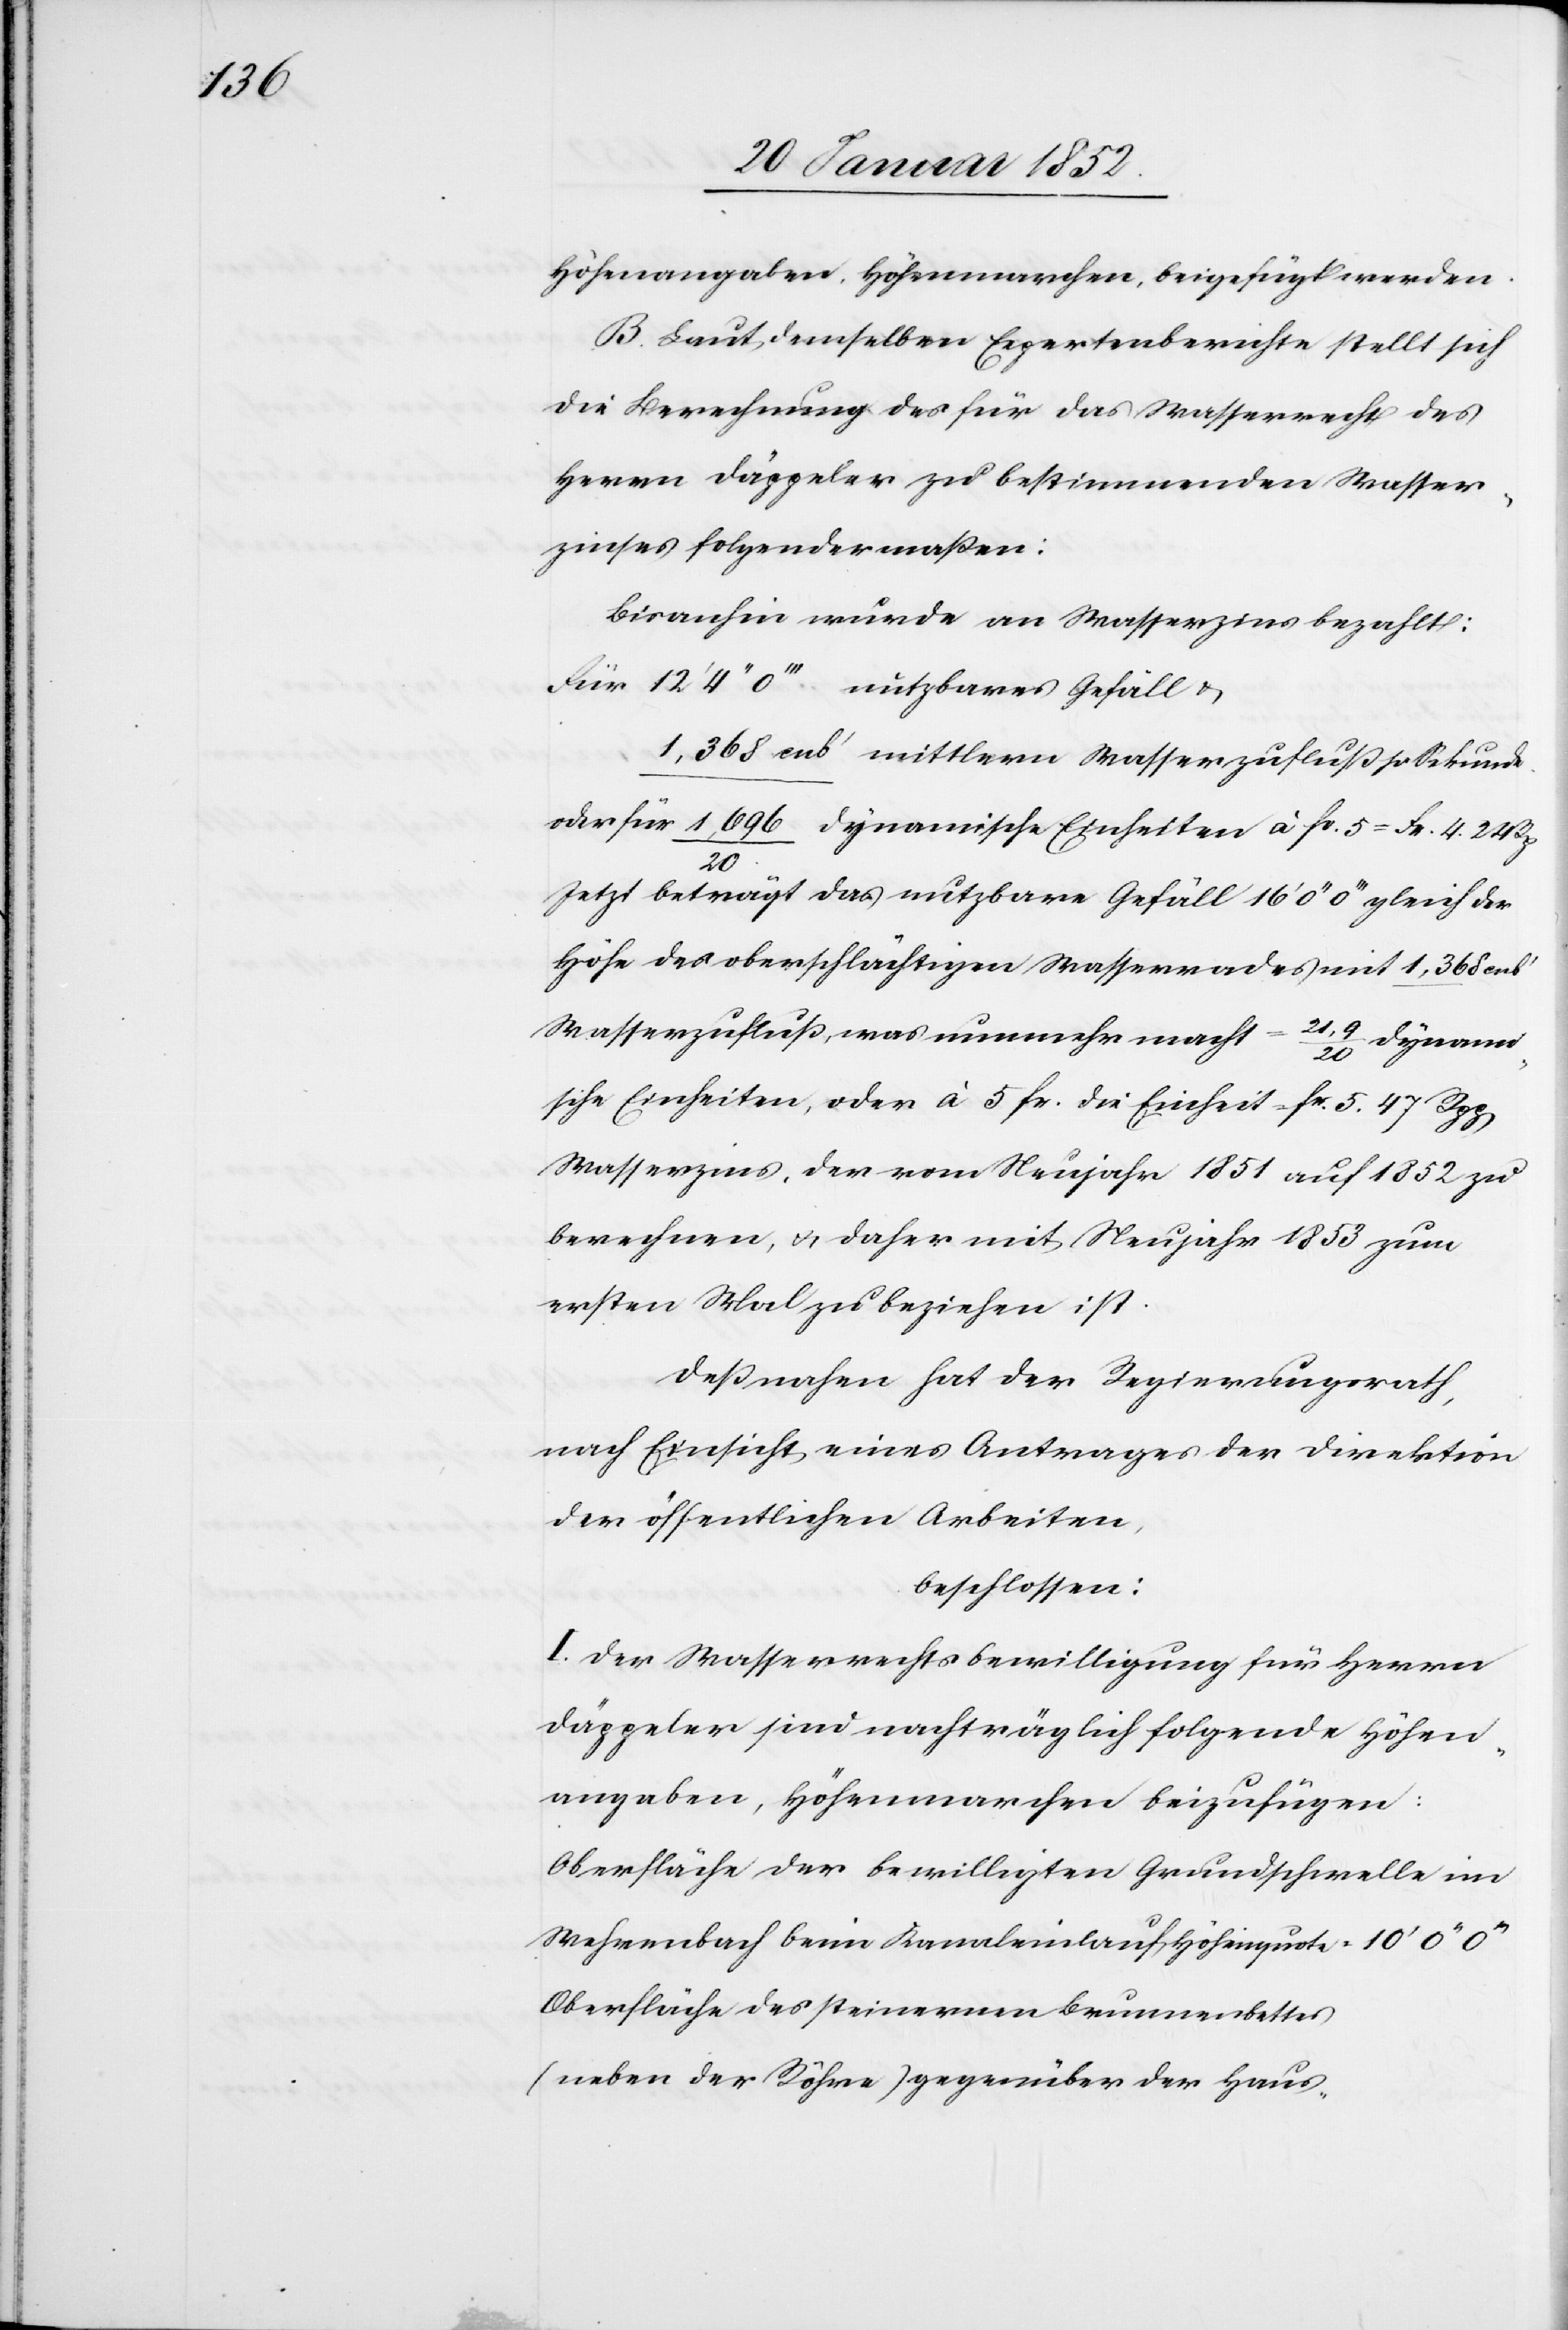
Höhenangaben, Höhenmarchen, beygefügt werden.
B. Laut demselben Expertenberichte stellt sich
die Berechnung des für das Wasserrecht des
Herrn Däppeler zu bestimmenden Wasser¬
zinses folgendermaßen:
Bisanhin wurde an Wasserzins bezahlt:
Für 12’ 4’’ 0’’’ nutzbares Gefäle,
1,368 cub’ mittlern Wasserzufluß p Sekunde
oder für 1,696/20 dynamische Einheiten à fr. 5 = Fr. 4. 24
Rp.
Jetzt beträgt das nutzbare Gefäll 16’ 0’’ 0’’’ gleich der
Höhe des oberschlächtigen Wasserrades mit 1,368
Wasserzufluß, was nunmehr macht = 2,19/20 dynam¬
ische Einheiten oder à 5 fr. die Einheit = fr. 5 47 Rpp
Wasserzins, der vom Neujahr 1851 auf 1852 zu
berechnen u. daher mit Neujahr 1853 zum
ersten Mal zu beziehen ist.
Deßnahen hat der Regierungsrath,
nach Einsicht eines Antrages der Direktion
der öffentlichen Arbeiten,
beschlossen:
I. Der Wasserrechtsbewilligung für Herrn
Däppeler sind nachträglich folgende Höhen¬
angaben, Höhenmarchen beizufügen:
Oberfläche der bewilligten Grundschwelle im
Wehrenbach beim Kanaleinlauf, Höhenquote
Oberfläche des steinernen Brunnenbettes
(neben der Röhre) gegenüber der Haus-